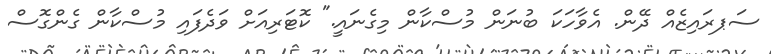
ސަޕރައިޒެއް ދޭން. އެވާހަކަ ބުނަން މުސްކާން މިގެނައީ." ކޮޓަރިއަށް ވަދެފައި މުސްކާން ގެންގޮސް